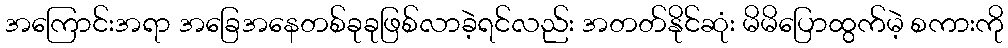
အကြောင်းအရာ အခြေအနေတစ်ခုခုဖြစ်လာခဲ့ရင်လည်း အတတ်နိုင်ဆုံး မိမိပြောထွက်မဲ့ စကားကို